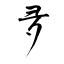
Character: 夛